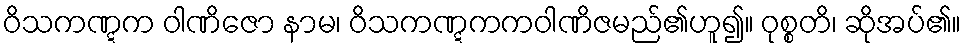
ဝိသကဏ္ဋက ဝါဏိဇော နာမ၊ ဝိသကဏ္ဋကကဝါဏိဇမည်၏ဟူ၍။ ဝုစ္စတိ၊ ဆိုအပ်၏။